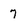
Character: 7